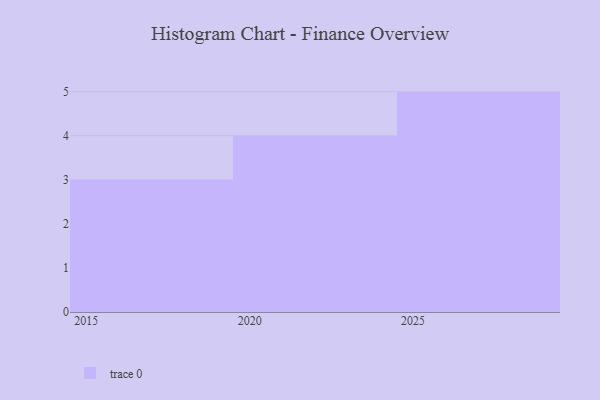
{"axis": {"x": "Year", "y": "Humidity (%)"}, "legend": [""], "data": [{"x": "2027", "y": 55, "type": ""}, {"x": "2016", "y": 66, "type": ""}, {"x": "2017", "y": 17, "type": ""}, {"x": "2022", "y": 14, "type": ""}, {"x": "2015", "y": 51, "type": ""}, {"x": "2023", "y": 17, "type": ""}, {"x": "2021", "y": 29, "type": ""}, {"x": "2025", "y": 25, "type": ""}, {"x": "2029", "y": 60, "type": ""}, {"x": "2028", "y": 51, "type": ""}, {"x": "2020", "y": 48, "type": ""}, {"x": "2026", "y": 3, "type": ""}]}